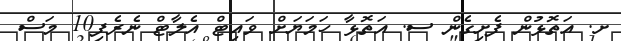
ށ. އަތޮޅުން ފެށިގެން ސ. އަތޮޅާ ހަމަޔަށް ވައިޓް އެލާޓް ނެރެފި10 މަސް